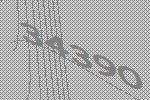
34390